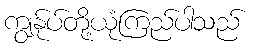
ကျွန်ုပ်တို့ယုံကြည်ပါသည်